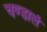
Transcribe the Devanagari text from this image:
चण्डालं